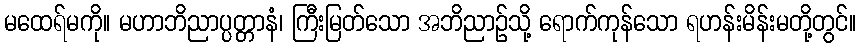
မထေရ်မကို။ မဟာဘိညာပ္ပတ္တာနံ၊ ကြီးမြတ်သော အဘိညာဉ်သို့ ရောက်ကုန်သော ရဟန်းမိန်းမတို့တွင်။